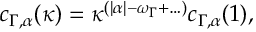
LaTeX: c _ { \Gamma , \alpha } ( \kappa ) = \kappa ^ { ( | \alpha | - \omega _ { \Gamma } + \ldots ) } c _ { \Gamma , \alpha } ( 1 ) ,